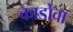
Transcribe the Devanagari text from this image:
कार्डोवा